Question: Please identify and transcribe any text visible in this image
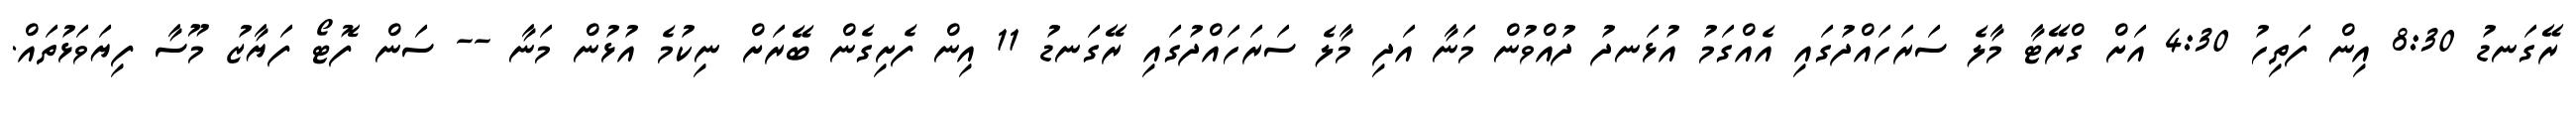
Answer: ރޭގަނޑު 8:30 އިން ފަތިހު 4:30 އަށް ގްރޭޓާ މާލެ ސަރަހައްދުގައި އެއްގަމު އުޅަނދު ދުއްވުން މަނާ އަދި މާލެ ސަރަހައްދުގައި ރޭގަނޑު 11 އިން ފެށިގެން ބޭރަށް ނިކުމެ އުޅުން މަނާ -- ސަން ފޮޓޯ ފަޔާޒު މޫސާ ފިޔަވަޅުތައް.